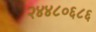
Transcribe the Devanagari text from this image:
२४४८०६८६